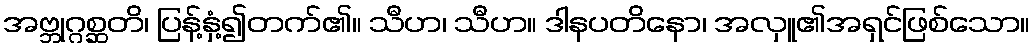
အဗ္ဘုဂ္ဂစ္ဆတိ၊ ပြန့်နှံ့၍တက်၏။ သီဟ၊ သီဟ။ ဒါနပတိနော၊ အလှူ၏အရှင်ဖြစ်သော။